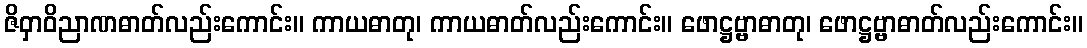
ဇိဝှာဝိညာဏဓာတ်လည်းကောင်း။ ကာယဓာတု၊ ကာယဓာတ်လည်းကောင်း။ ဖောဋ္ဌဗ္ဗာဓာတု၊ ဖောဋ္ဌဗ္ဗာဓာတ်လည်းကောင်း။